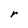
Character: r